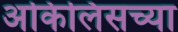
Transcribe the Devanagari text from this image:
अकिलिसच्या